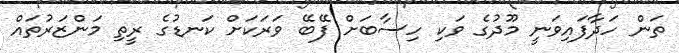
ތަން ހަދާފައިވަނީ މޫދުގެ ވަކި ހިސާބަށް ފޭބޭ ވަރަކަށް ކަނޑުގެ ރީތި މަންޒަރުތައް